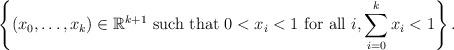
LaTeX: \begin{align*} \left\{ (x_0 , \ldots , x_k) \in \mathbb{R}^{k+1} \mbox{ such that } 0< x_i <1 \mbox{ for all } i, \sum_{i=0}^k x_i < 1 \right\}. \end{align*}